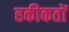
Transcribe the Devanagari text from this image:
हकीकतों